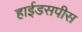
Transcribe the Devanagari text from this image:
हाईडसपीस